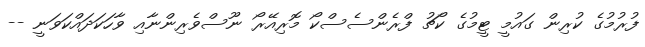
ފުރުމުގެ ކުރިން ގައުމީ ޓީމުގެ ކޯޗު ފްރެންސެސްކޯ މޮރިއޭރޯ ނޫސްވެރިންނާއި ވާހަކަދައްކަވަނީ --